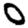
Digit: 0